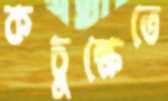
কচুক্ষেতে